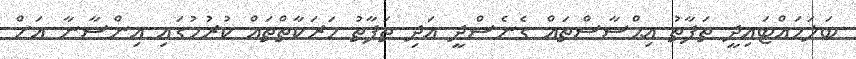
ބަލަހައްޓައިދީ ތަފާތު އިޙްސާސްތައް ގެނެސްދީ އަދި ތަފާތު ހަރަކާތްތައް ކުރުމުގައި އިންސާނާ އަށް